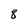
Character: 8